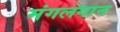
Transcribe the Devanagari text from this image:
मंगलगान